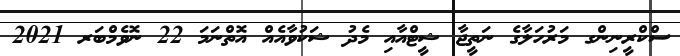
ސްކްރީނިންގ މަރުހަލާގެ ނަތީޖާ ޝީޓްއާއި މެދު ޝަކުވާއެއް އޮތްނަމަ 22 ނޮވެމްބަރ 2021